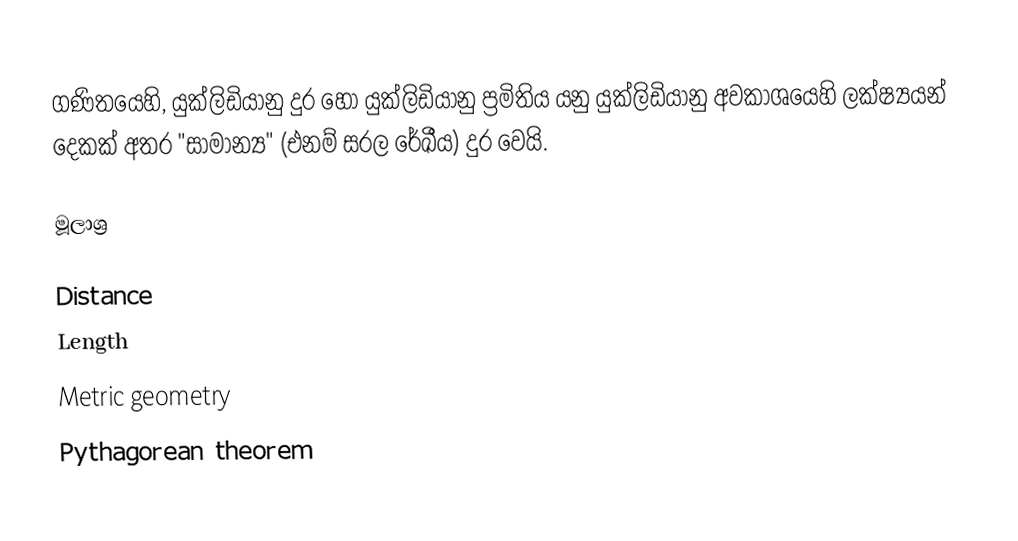
ගණිතයෙහි, යුක්ලිඩියානු දුර හෝ යුක්ලිඩියානු ප්‍රමිතිය යනු   යුක්ලිඩියානු අවකාශයෙහි ලක්ෂ්‍යයන් දෙකක් අතර "සාමාන්‍ය" (එනම් සරල රේඛීය) දුර වෙයි.

මූලාශ්‍ර

Distance
Length
Metric geometry
Pythagorean theorem